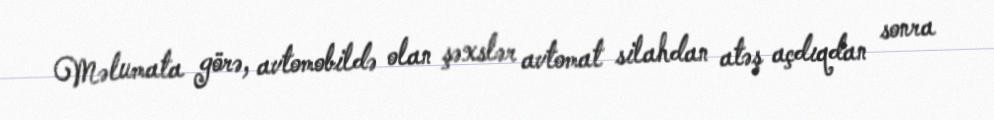
Məlumata görə, avtomobildə olan şəxslər avtomat silahdan atəş açdıqdan sonra